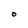
Character: O